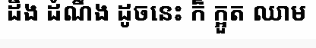
ដឹង ដំណឹង ដូចនេះ ក៏ ក្អួត ឈាម